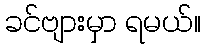
ခင်ဗျားမှာ ရမယ်။